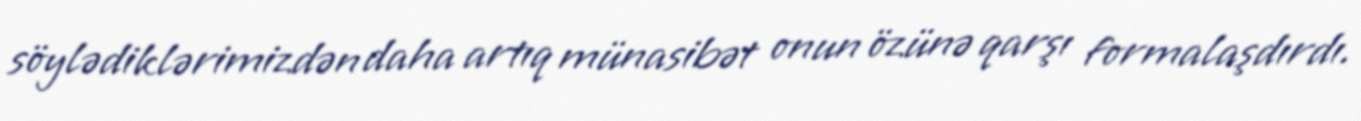
söylədiklərimizdən daha artıq münasibət onun özünə qarşı formalaşdırdı.